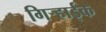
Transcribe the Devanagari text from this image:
गिऱ्हाईक